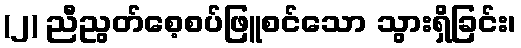
(၂) ညီညွတ်စေ့စပ်ဖြူစင်သော သွားရှိခြင်း၊